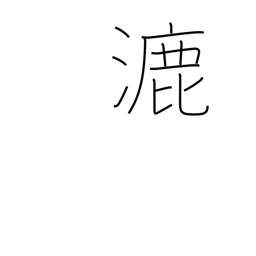
Meaning: spread out thin